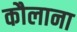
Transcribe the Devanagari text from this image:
कौलाना